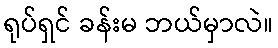
ရုပ်ရှင် ခန်းမ ဘယ်မှာလဲ။